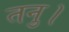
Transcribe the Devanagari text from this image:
तनु।